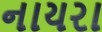
નાયરા